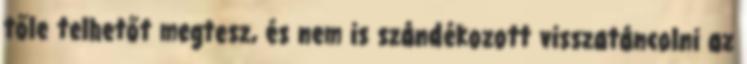
tőle telhetőt megtesz, és nem is szándékozott visszatáncolni az